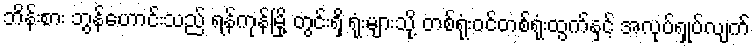
ဘိန်းစား ဘွန်ဟောင်းသည် ရန်ကုန်မြို့ တွင်းရှိ ရုံးများသို့ တစ်ရုံးဝင်တစ်ရုံးထွက်နှင့် အလုပ်ရှုပ်လျက်